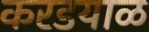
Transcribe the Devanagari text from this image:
करडयाळ